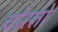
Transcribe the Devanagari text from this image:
चोरतो